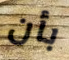
بأن